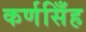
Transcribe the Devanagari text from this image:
कर्णसिँह